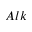
A l k